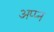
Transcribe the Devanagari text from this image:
अप्प्न